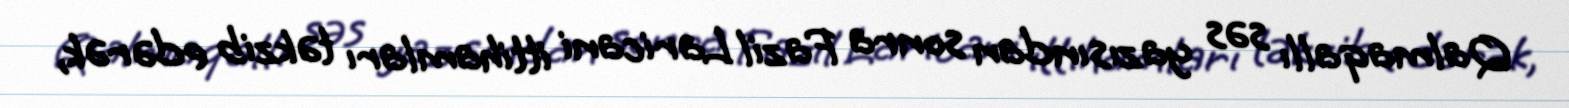
Qalmaqallı səs yazısından sonra Fazil Laricani ittihamları təkzib edərək,